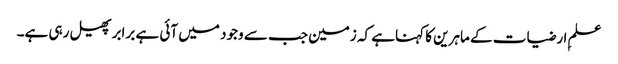
علمِ ارضیات کے ماہرین کا کہناہے کہ زمین جب سے وجود میں آئی ہے برابرپھیل رہی ہے۔